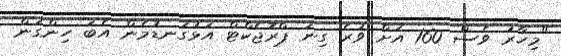
"މިހާރު ވެސް 160 އަށް ވުރެ ގިނަ ޕްރޮޖެކްޓް އަޅުގަނޑުމެން އެބަ ހިންގަން